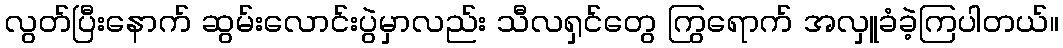
လွတ်ပြီးနောက် ဆွမ်းလောင်းပွဲမှာလည်း သီလရှင်တွေ ကြွရောက် အလှူခံခဲ့ကြပါတယ်။